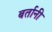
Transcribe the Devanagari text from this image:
बर्तानी